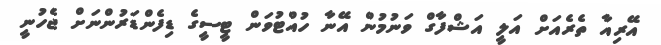
އޭރިއާ ތެރެއަށް އަަލީ އަޝްފާގް ވަނުމުން އޭނާ ހުއްޓުވަން ޓީސީގެ ޑިފެންޑަރުންނަށް ޖެހުނީ